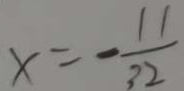
x = - \frac { 1 1 } { 3 2 }